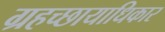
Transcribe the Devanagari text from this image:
ग्रहच्छायाधिकार